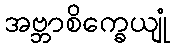
အဗ္ဘာစိက္ခေယျုံ